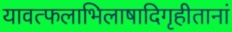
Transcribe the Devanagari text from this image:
यावत्फलाभिलाषादिगृहीतानां